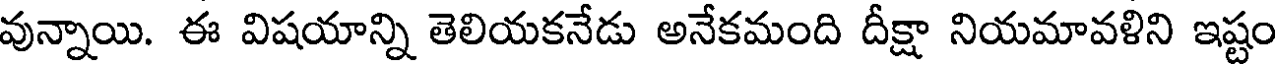
వున్నాయి. ఈ విషయాన్ని తెలియకనేడు అనేకమంది దీక్షా నియమావళిని ఇష్టం